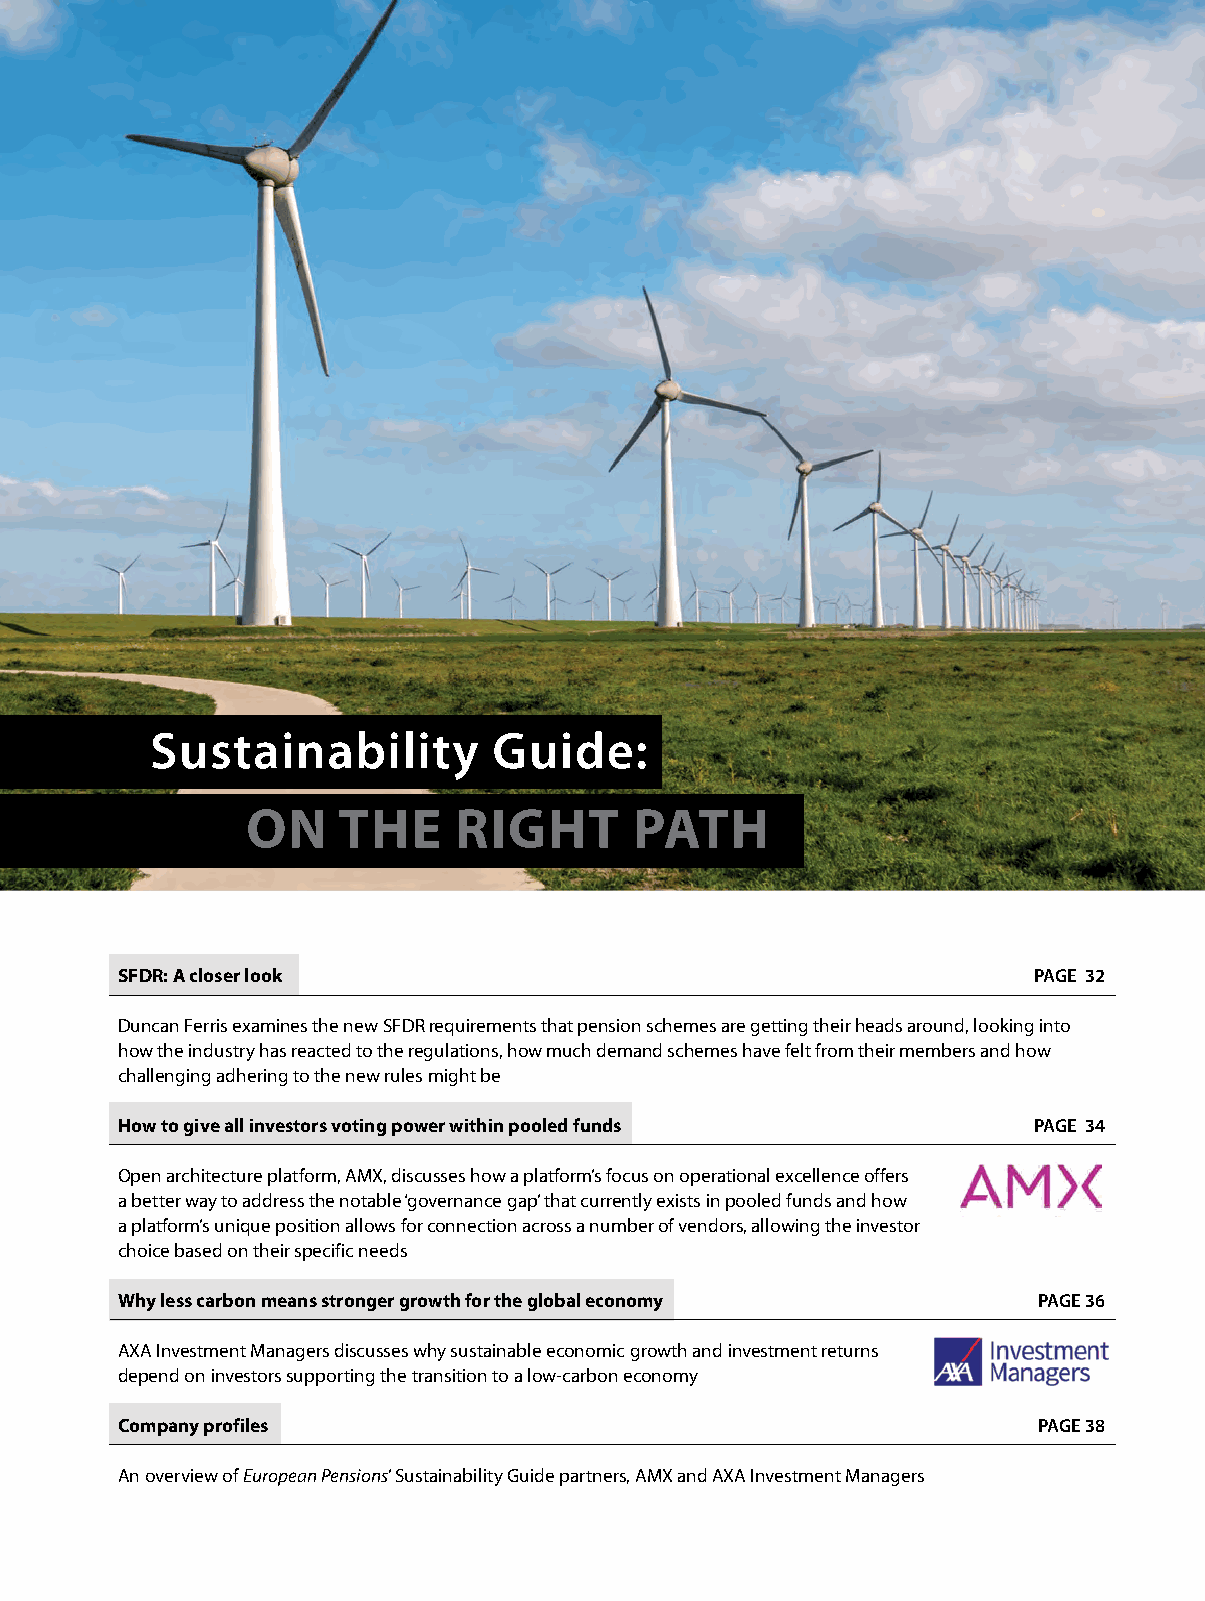
Sustainability         Guide:
 On    tHe     rigHt       patH
 SFDr: a closer look                                         PAGE 32
 Duncan Ferris examines the new SFDR requirements that pension schemes are getting their heads around, looking into
 how the industry has reacted to the regulations, how much demand schemes have felt from their members and how
 challenging adhering to the new rules might be
 How to give all investors voting power within pooled funds  PAGE 34
 Open architecture platform, AMX, discusses how a platform’s focus on operational excellence offers
 a better way to address the notable ‘governance gap’ that currently exists in pooled funds and how
 a platform’s unique position allows for connection across a number of vendors, allowing the investor
 choice based on their specific needs
 Why less carbon means stronger growth for the global economy PAGE 36
 AXA Investment Managers discusses why sustainable economic growth and investment returns
 depend on investors supporting the transition to a low-carbon economy
 Company profiles                                             PAGE 38
 An overview of European Pensions’ Sustainability Guide partners, AMX and AXA Investment Managers
 31_sustainability_cover.indd 3                                        21/05/2021 11:34:25